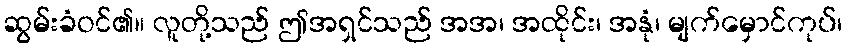
ဆွမ်းခံဝင်၏။ လူတို့သည် ဤအရှင်သည် အအ၊ အထိုင်း၊ အနုံ၊ မျက်မှောင်ကုပ်၊